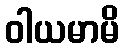
ဝါယမာမိ